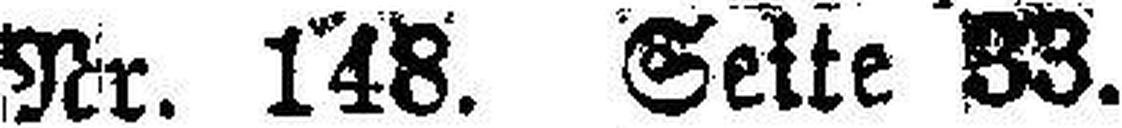
Nr. 148. Seite 33.